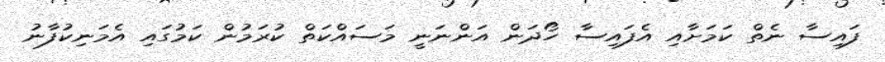
ފައިސާ ނެތް ކަމަށާއި އެފައިސާ ހޯދަން އަންނަނީ މަސައްކަތް ކުރަމުން ކަމުގައި އެމަނިކުފާނު